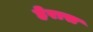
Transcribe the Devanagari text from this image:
हेरास